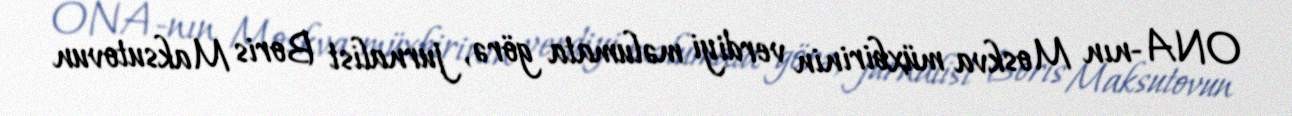
ONA-nın Moskva müxbirinin verdiyi məlumata görə, jurnalist Boris Maksutovun